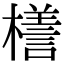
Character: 𣜆